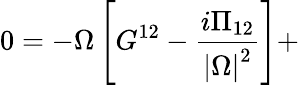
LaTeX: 0=-\Omega\left[G^{12}-\frac{i\Pi_{12}}{\left|\Omega\right|^{2}}\right]+